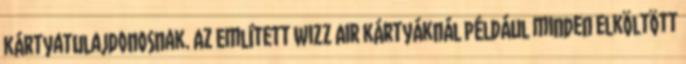
kártyatulajdonosnak. Az említett Wizz Air kártyáknál például minden elköltött